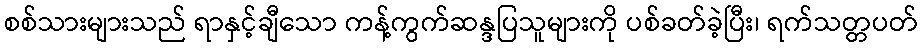
စစ်သားများသည် ရာနှင့်ချီသော ကန့်ကွက်ဆန္ဒပြသူများကို ပစ်ခတ်ခဲ့ပြီး၊ ရက်သတ္တပတ်